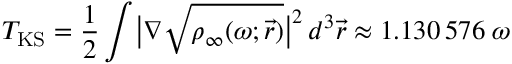
T _ { \mathrm { { K S } } } = \frac { 1 } { 2 } \int \bigl | \boldsymbol { \nabla } \sqrt { \rho _ { \infty } ( \omega ; \vec { r } ) } \bigr | ^ { 2 } \, d ^ { 3 } \vec { r } \approx 1 . 1 3 0 \, 5 7 6 \; \omega